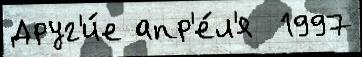
Друг'и́е апр'е́л'я  1997